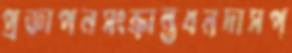
প্রজ্ঞাপনসংক্রান্তধনদাসপ্